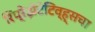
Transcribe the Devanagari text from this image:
रिप्रेझेंटेटिव्ह्सचा